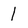
Character: l